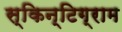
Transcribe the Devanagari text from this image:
स्किन्टिग्राम